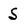
Character: s